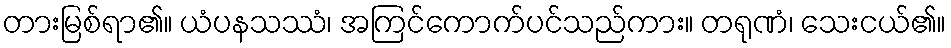
တားမြစ်ရာ၏။ ယံပနသဿံ၊ အကြင်ကောက်ပင်သည်ကား။ တရုဏံ၊ သေးငယ်၏။